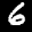
Label: 6